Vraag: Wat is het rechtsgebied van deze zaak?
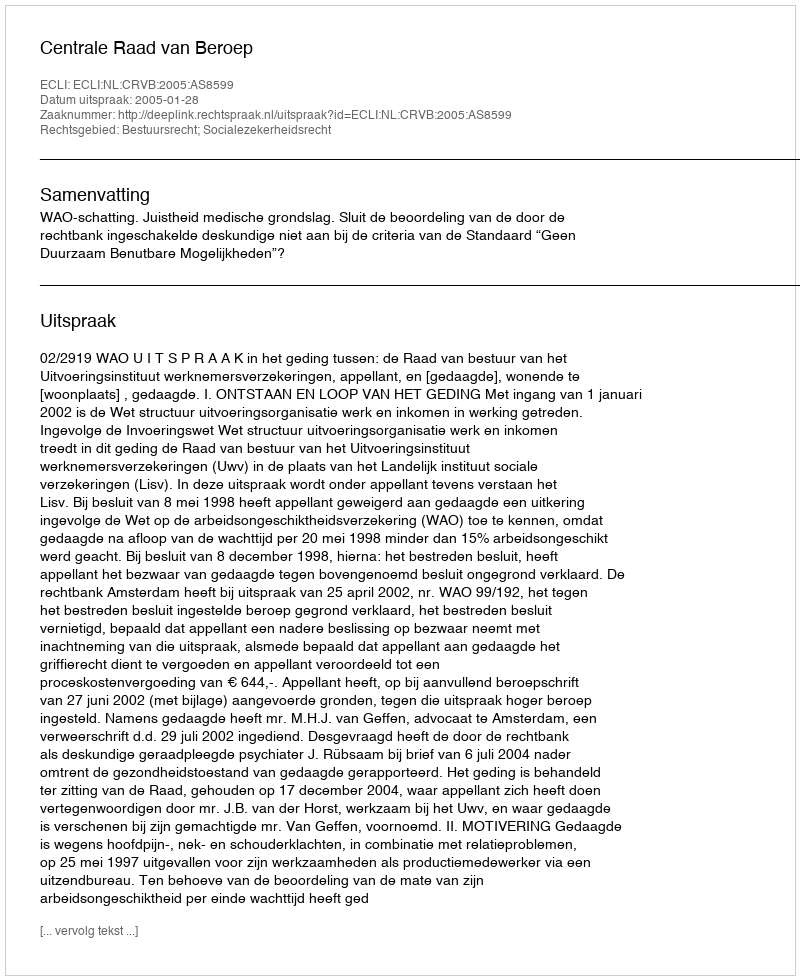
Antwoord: Bestuursrecht; Socialezekerheidsrecht